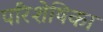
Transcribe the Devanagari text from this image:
परिशेषिका